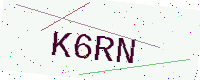
Text: K6RN